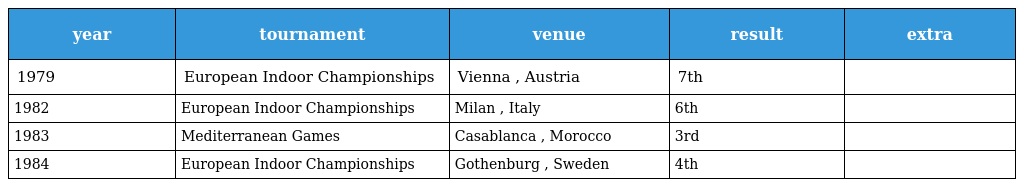
| year | tournament | venue | result | extra |
 | --- | --- | --- | --- | --- |
 | 1979 | European Indoor Championships | Vienna , Austria | 7th |  |
 | 1982 | European Indoor Championships | Milan , Italy | 6th |  |
 | 1983 | Mediterranean Games | Casablanca , Morocco | 3rd |  |
 | 1984 | European Indoor Championships | Gothenburg , Sweden | 4th |  |